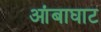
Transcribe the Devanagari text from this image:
आंबाघाट